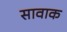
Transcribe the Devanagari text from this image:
सावाक